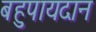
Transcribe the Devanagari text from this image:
बहुपायदान